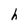
Character: h